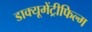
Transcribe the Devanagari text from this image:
डाक्यूमेंट्रीफिल्म